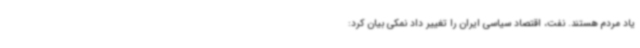
یاد مردم هستند. نفت، اقتصاد سیاسی ایران را تغییر داد نمکی بیان کرد: